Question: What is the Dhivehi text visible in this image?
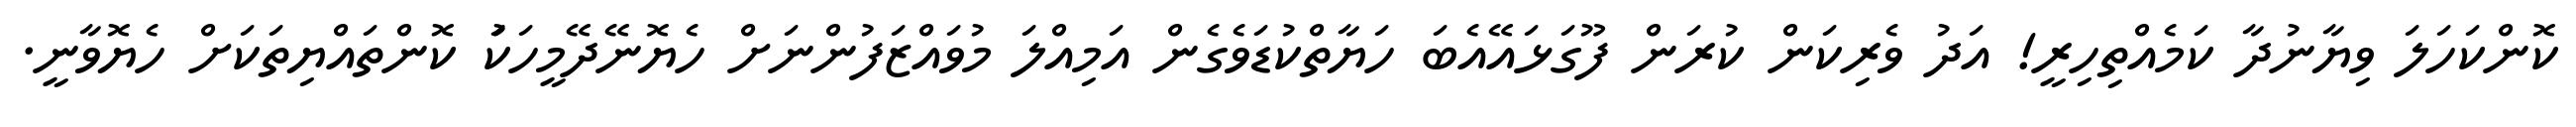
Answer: ކޮންކަހަލަ ވިޔާނުދާ ކަމެއްތިހިރީ! އަދު ވެރިކަން ކުރަން ފޫގަޅައޭއެބަ ހަޔާތްކުޑަވެގެން އަމިއްލަ މުވައްޒަފުންނަށް ހެޔޮނޭދޭމީހަކަު ކޮންތައްޔިތަކަށް ހެޔޮވާނީ.